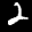
Label: 2